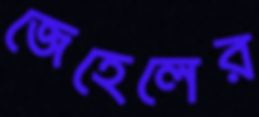
জেহেলের